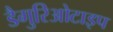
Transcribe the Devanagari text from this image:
डैगुरिओटाइप